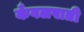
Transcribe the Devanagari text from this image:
कँवलपाती